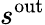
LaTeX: s^{\mathrm{out}}